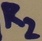
Text: R2